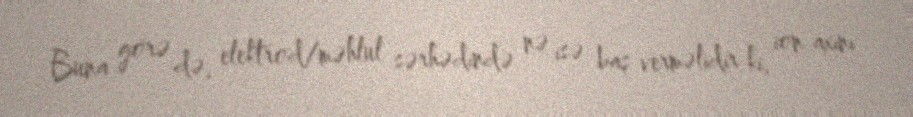
Buna görə də, elektrod/məhlul sərhədində nə isə baş verməlidir ki, ion axını